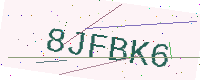
Text: 8JFBK6